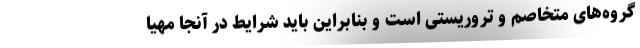
گروه‌های متخاصم و تروریستی است و بنابراین باید شرایط در آنجا مهیا